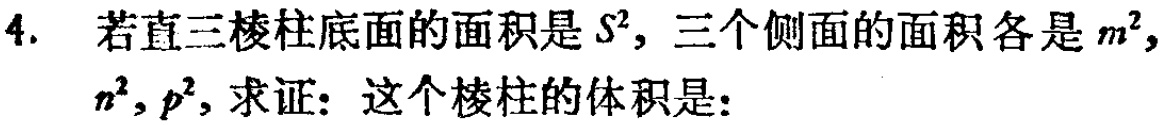
4. 若直三棱柱底面的面积是\(S^{2}\)，三个侧面的面积各是\(m^{2}\)，\(n^{2}\)，\(p^{2}\)，求证：这个棱柱的体积是：